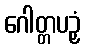
ဂေါတ္တပဉှံ